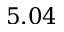
5 . 0 4